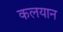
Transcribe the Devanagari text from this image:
कलयान